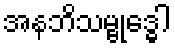
အနဘိသမ္ဗုဒ္ဓေါ